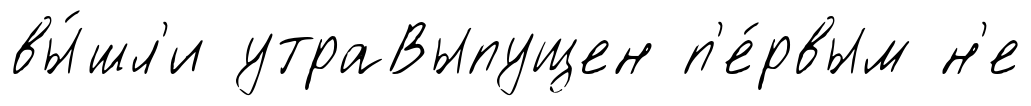
вы́шл'и утраВыпущен п'е́рвым н'е